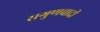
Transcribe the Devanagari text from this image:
सगुणवादी